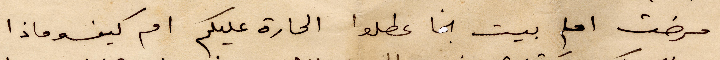
مرضت اما بيت نجا عطلو الحارة عليكم ام كيف وماذا